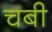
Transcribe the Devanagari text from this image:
चबी